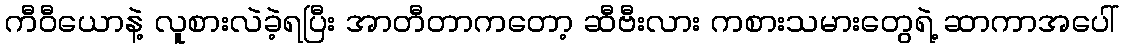
ကီဝီယောနဲ့ လူစားလဲခဲ့ရပြီး အာတီတာကတော့ ဆီဗီးလား ကစားသမားတွေရဲ့ ဆာကာအပေါ်